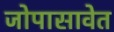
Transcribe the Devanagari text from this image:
जोपासावेत